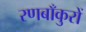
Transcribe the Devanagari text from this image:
रणबाँकुरों